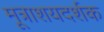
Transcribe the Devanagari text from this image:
मूत्राशयदर्शक